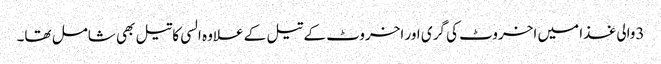
3والی غذا میں اخروٹ کی گری اور اخروٹ کے تیل کے علاوہ السی کاتیل بھی شامل تھا۔